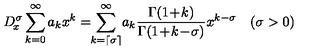
D _ { \! x } ^ { \sigma } \sum _ { k = 0 } ^ { \infty } a _ { k } x ^ { k } = \! \! \sum _ { k = \left\lceil \sigma \right\rceil } ^ { \infty } \! a _ { k } \frac { \Gamma ( 1 \! + \! k ) } { \Gamma ( 1 \! + \! k \! - \! \sigma ) } x ^ { k - \sigma } \quad ( \sigma > 0 )